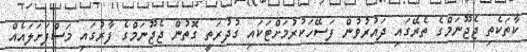
ކާތަކެތި ޖެޖޫނަމްގެ ތެރޭގައި ދައުރުވުން ފަސޭހަކުރުމަށްޓަކައި ގުދުރަތީ ގޮތުން ޖެޖޫނަމްގެ ފާރުގައި މަސްފަށަލައެއް